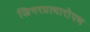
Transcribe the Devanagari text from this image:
जिगरप्रत्यारोपण